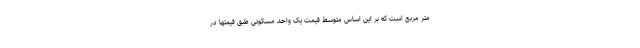
متر مربع است که بر این اساس متوسط قیمت یک واحد مسکونی طبق قیمتها در